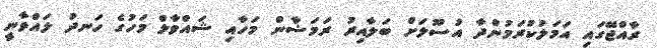
ރާއްޖޭގައި އަމަލުކުރަމުންދާ އުސޫލަށް ބަލާއިރު ރަމަޟާން މަހާއި ޝައްވާލް މަހުގެ ހަނދު ލައްވާނީ